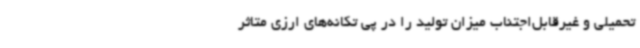
تحمیلی و غیرقابل‌اجتناب میزان تولید را در پی تکانه‌های ارزی متاثر